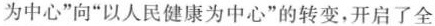
为中心”向”以人民健康为中心”的转变，开启了全